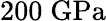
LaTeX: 200\; \mathrm{GPa}